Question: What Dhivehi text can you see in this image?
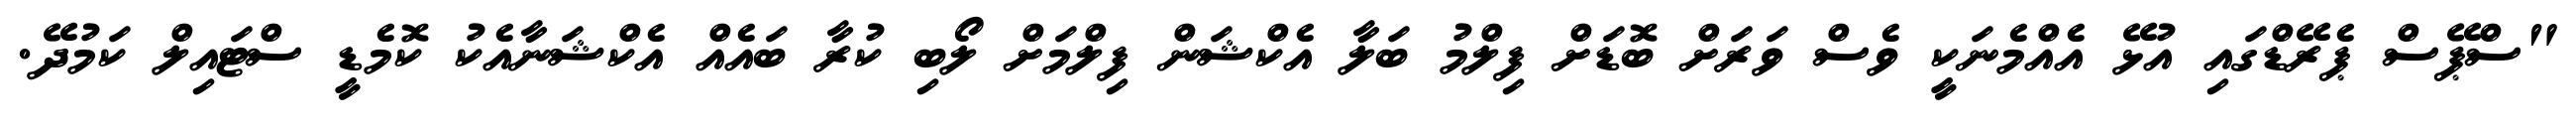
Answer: "ސްޕޭސް ޕެރޭޑްގައި އުޅޭ އެއްމެނަކީ ވެސް ވަރަށް ބޮޑަށް ފިލްމު ބަލާ އެކްޝަން ފިލްމަށް ލޯބި ކުރާ ބައެއް އެކްޝަނާއެކު ކޮމެޑީ ސްޓައިލް ކަމުދޭ.